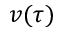
v ( \tau )